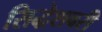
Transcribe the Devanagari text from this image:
सिद्धेशवरी